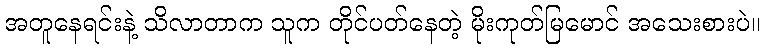
အတူနေရင်းနဲ့ သိလာတာက သူက တိုင်ပတ်နေတဲ့ မိုးကုတ်မြမောင် အသေးစားပဲ။